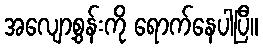
အလျော့စွန်းကို ရောက်နေပါပြီ။